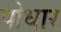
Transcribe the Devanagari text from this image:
पोधार